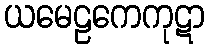
ယမေဠကေကုဋာ